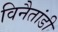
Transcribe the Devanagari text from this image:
विनैतांडी